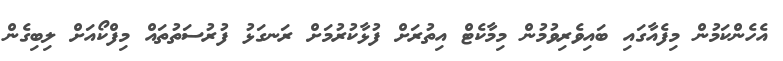
އެހެންކަމުން މިފެއާގައި ބައިވެރިވުމުން މިމާކެޓް އިތުރަށް ފުޅާކުރުމަށް ރަނގަޅު ފުރުސަތުތައް މިފްކޯއަށް ލިބިގެން